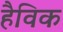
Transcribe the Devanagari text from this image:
हैविक